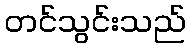
တင်သွင်းသည်